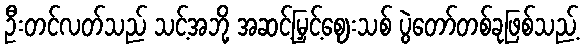
ဦးတင်လတ်သည် သင့်အဘို့ အဆင့်မြှင့်ဈေးသစ် ပွဲတော်တစ်ခုဖြစ်သည့်